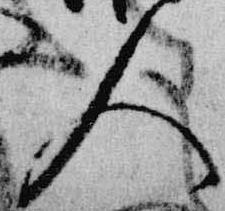
人